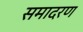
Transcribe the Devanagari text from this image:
समादरण